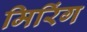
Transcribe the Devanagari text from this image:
मिरिंग